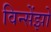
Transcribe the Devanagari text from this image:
विन्सेंझो